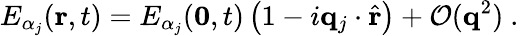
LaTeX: E_{\alpha_{j}}(\mathbf{r},t)=E_{\alpha_{j}}(\mathbf{0},t)\left(1-i\mathbf{q}_{j}\cdot\hat{\mathbf{r}}\right)+\mathcal{O}(\mathbf{q}^{2})\mathrm{~.~}